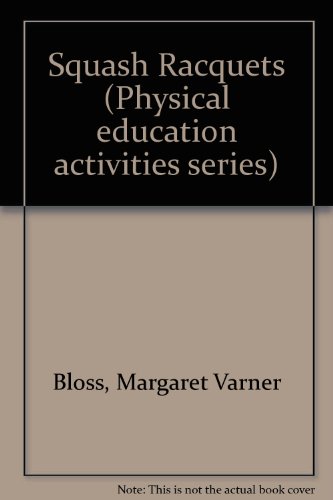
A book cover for Squash Racquets (Physical education activities series); Margaret Varner; Sports & Outdoors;